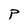
Character: P